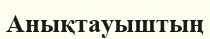
Анықтауыштың